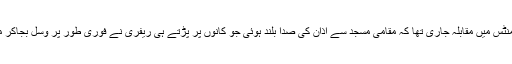
ابھی اضافی منٹس میں مقابلہ جاری تھا کہ مقامی مسجد سے اذان کی صدا بلند ہوئی جو کانوں پر پڑتے ہی ریفری نے فوری طور پر وسل بجاکر میچ روک دیا۔